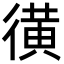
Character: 㣴